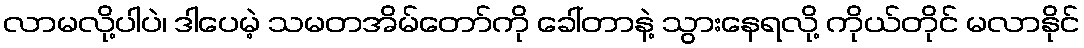
လာမလို့ပါပဲ၊ ဒါပေမဲ့ သမတအိမ်တော်ကို ခေါ်တာနဲ့ သွားနေရလို့ ကိုယ်တိုင် မလာနိုင်